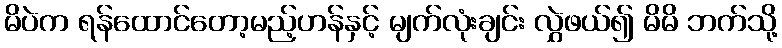
မိပဲက ရန်ထောင်တော့မည့်ဟန်နှင့် မျက်လုံးချင်း လွှဲဖယ်၍ မိမိ ဘက်သို့